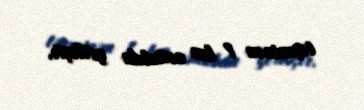
təxminən 1 km cənubda yerləşir.